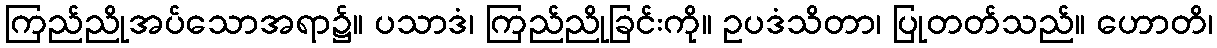
ကြည်ညိုအပ်သောအရာ၌။ ပသာဒံ၊ ကြည်ညိုခြင်းကို။ ဥပဒံသိတာ၊ ပြုတတ်သည်။ ဟောတိ၊